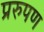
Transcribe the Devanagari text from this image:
प्ररुपण